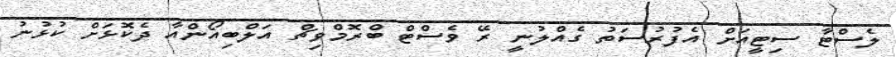
ލެސްޓާ ސިޓީއަށް އެފުރުސަތު ގެއްލުނީ ރޭ ވެސްޓް ބްރޮމްވިޗް އަލްބިއޯންއާ ދެކޮޅަށް ކުޅުނު